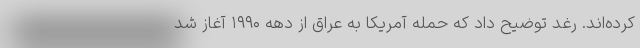
کرده‌اند. رغد توضیح داد که حمله آمریکا به عراق از دهه ۱۹۹۰ آغاز شد